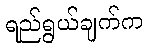
ရည်ရွယ်ချက်က